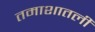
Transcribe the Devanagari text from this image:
तमाशातली